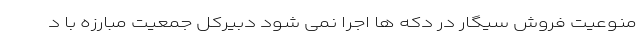
منوعیت فروش سیگار در دکه ها اجرا نمی شود دبیرکل جمعیت مبارزه با د